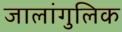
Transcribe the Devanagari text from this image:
जालांगुलिक